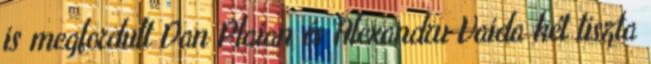
is megfordult Dan Plaian és Alexandru Vaida két tiszta